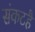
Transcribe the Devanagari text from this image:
संकटहै